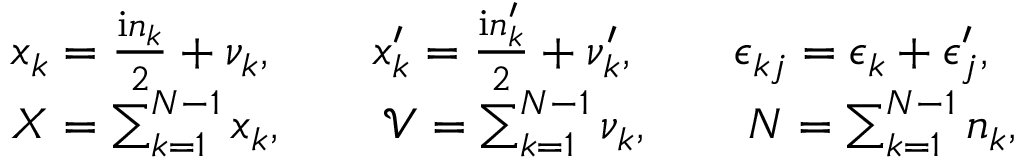
\begin{array} { r l } & { x _ { k } = \frac { \mathrm { i } n _ { k } } 2 + \nu _ { k } , \qquad x _ { k } ^ { \prime } = \frac { \mathrm { i } n _ { k } ^ { \prime } } 2 + \nu _ { k } ^ { \prime } , \qquad \epsilon _ { k j } = \epsilon _ { k } + \epsilon _ { j } ^ { \prime } , } \\ & { X = \sum _ { k = 1 } ^ { N - 1 } x _ { k } , \qquad \mathcal V = \sum _ { k = 1 } ^ { N - 1 } \nu _ { k } , \qquad N = \sum _ { k = 1 } ^ { N - 1 } n _ { k } , } \end{array}